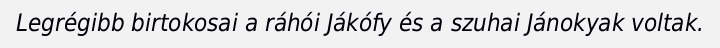
Legrégibb birtokosai a ráhói Jákófy és a szuhai Jánokyak voltak.